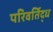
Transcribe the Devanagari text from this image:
परिवर्तिद्ध